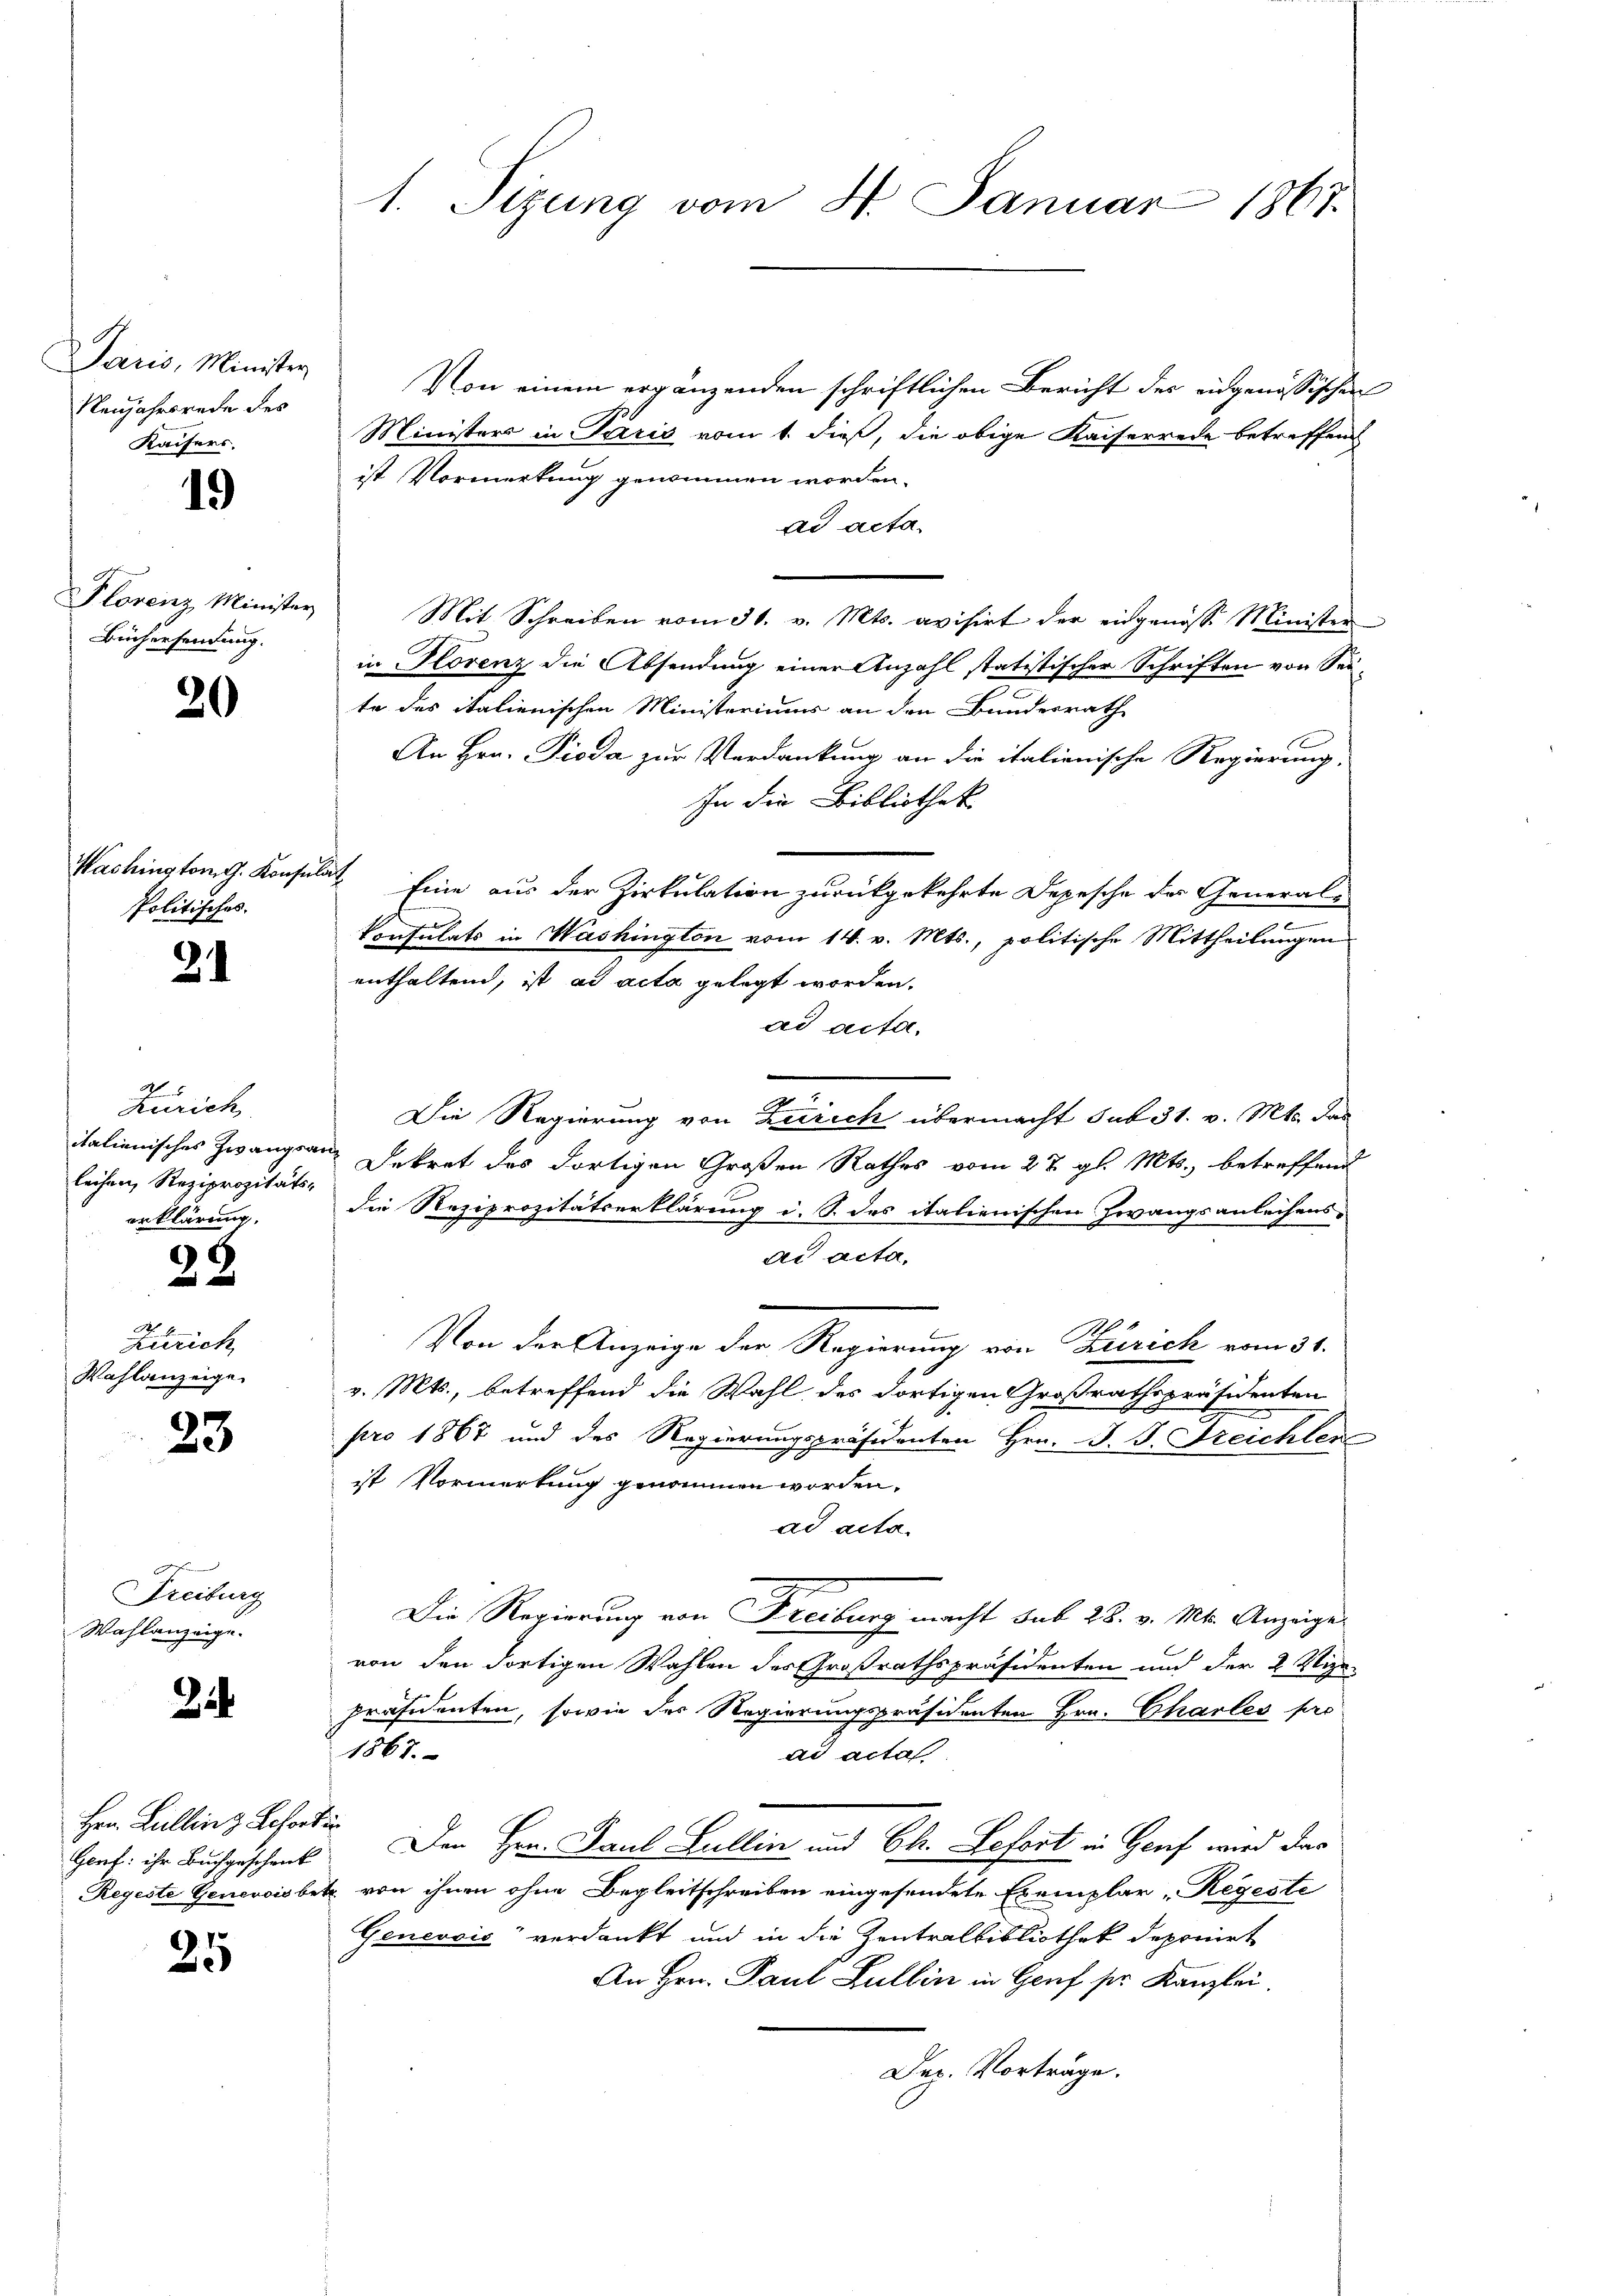
Paris, Minister
Neujahrsrede des
Kaisers.

19

Plorenz Minister
Büchersendung.

20

Washington G. Konsulat
Politisches.

21

M 5
Zürich
leihen, Reziprozitäts-
erklärung,
C

1
Zürich
Wahlanzeige.

23

d
Freiburg
Wahlanzeige.

34

Hrn. Lullinz Lohorti

25

1. Sizung vom 4. Januar 1867.

Von einem ergänzenden schriftlichen Bericht des eingenössischen
Ministers in Paris vom 1. dieß, die obige Kaiserrede betreffend
ist Vormerkung genommen worden.
ad acta.
Mit Schreiben vom 31. v. Mts. avisirt der eidgenosse Minister
in Florenz die Absendung einer Anzahl statistischer Schriften von Seite des italienischen Ministeriums an den Bundesrath
An Hrn. Pioda zur Verdankung an die italienische Regierung,
In die Bibliothek
Eine aus der Zirkulation zurückgekehrte Depesche der General-
Consulats in Washington vom 14. v. Mts., politische Mittheilungen
enthaltend, ist ad acta gelegt worden.
ad acta,
Die Regierung von Zürich übermacht sub 31. v. Mts. das
italienisches Zwangen Dekret des dortigen Großen Rathes vom 27. gl. Mts., betreffend
die Reziprozitätserklärung i. S. des italienischen Zwangsanleihens-
ad acta.
0
Von der Anzeige der Regierung von Zürich vom 31.
v. Mts., betreffend die Wahl des dortigen Großrathspräsidenten
pro 1867 und des Regierungspräsidenten Hrn. J. J. Treichler
ist Vormerkung genommen worden,
ad acta.
Die Regierung von Freiburg macht sub 28. v. Mts. Anzugevon den dortigen Wahlen des Großrathspräsidenten und der 2 Vize-
präsidenten, sowie des Regierungspräsidenten Hrn. Charles pro
1867.
ad acta
Gorf ihr Buchgeschenk. Den Hrn. Paul Lullin und Ch. Sefort in Genf wird das
Regeste Genevoisbetz von ihnen ohne Begleitschreiben eingesendete Exemplar „Regeste
Genević verdankt und in die Zentralbibliothek deponirt
An Hrn. Paul Lullin in Genf ser Kanzlei.
Der. Vorträge.